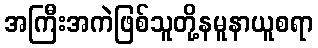
အကြီးအကဲဖြစ်သူတို့နမူနာယူစရာ